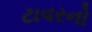
ટાવરનો